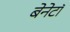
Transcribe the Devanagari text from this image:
बेनेटॉ